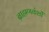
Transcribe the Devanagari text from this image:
ब्राह्मणवंशों